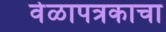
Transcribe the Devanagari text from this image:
वेळापत्रकाचा